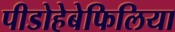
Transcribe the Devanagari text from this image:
पीडोहेबेफिलिया